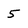
Character: 5